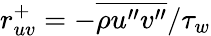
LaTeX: r_{uv}^{+}=-{\overline{{\rho u^{\prime\prime}v^{\prime\prime}}}}/\tau_{w}